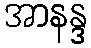
အာနန္ဒ